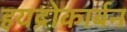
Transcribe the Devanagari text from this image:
हयद्रोकार्बन